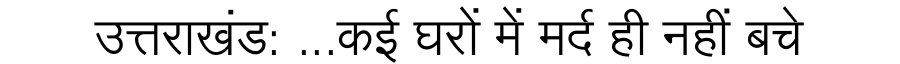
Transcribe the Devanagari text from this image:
उत्तराखंड: ...कई घरों में मर्द ही नहीं बचे